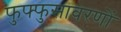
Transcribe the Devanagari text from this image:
फुफ्फुसावरणों